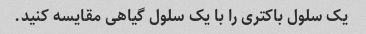
یک سلول باکتری را با یک سلول گیاهی مقایسه کنید.